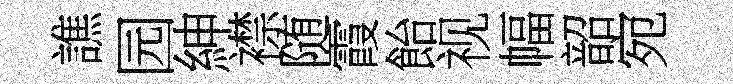
譙园紳襟随霞飴视幅韶宛